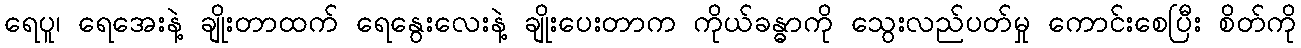
ရေပူ၊ ရေအေးနဲ့ ချိုးတာထက် ရေနွေးလေးနဲ့ ချိုးပေးတာက ကိုယ်ခန္ဓာကို သွေးလည်ပတ်မှု ကောင်းစေပြီး စိတ်ကို